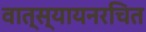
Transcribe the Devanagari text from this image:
वात्स्यायनरचित